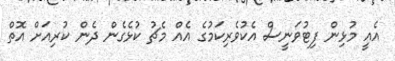
އެއީ މުޅިން ފިޓުުވަނީސް އެކުވެރިކަމުގެ އެއް މެޗު ކުޅެގެން ދެން ކުރިއަށް އޮތް